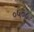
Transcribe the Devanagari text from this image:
०५०८